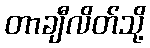
တာချီလိတ်သို့